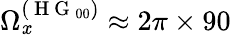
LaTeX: \Omega_{\mathit{x}}^{(\mathrm{{~H~G~}}_{00})}\approx2\pi\times90